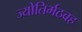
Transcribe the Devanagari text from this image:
ज्योतिर्मठवह